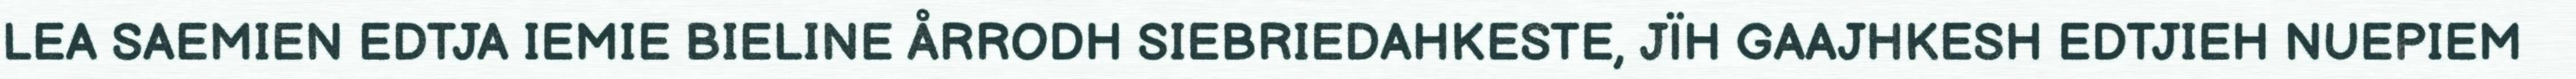
LEA SAEMIEN EDTJA IEMIE BIELINE ÅRRODH SIEBRIEDAHKESTE, JÏH GAAJHKESH EDTJIEH NUEPIEM